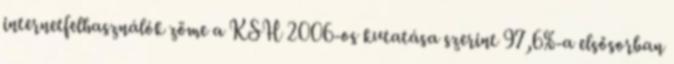
internetfelhasználók zöme a KSH 2006-os kutatása szerint 97,6%-a elsősorban